[Report on the health of British troops in the Madras command]
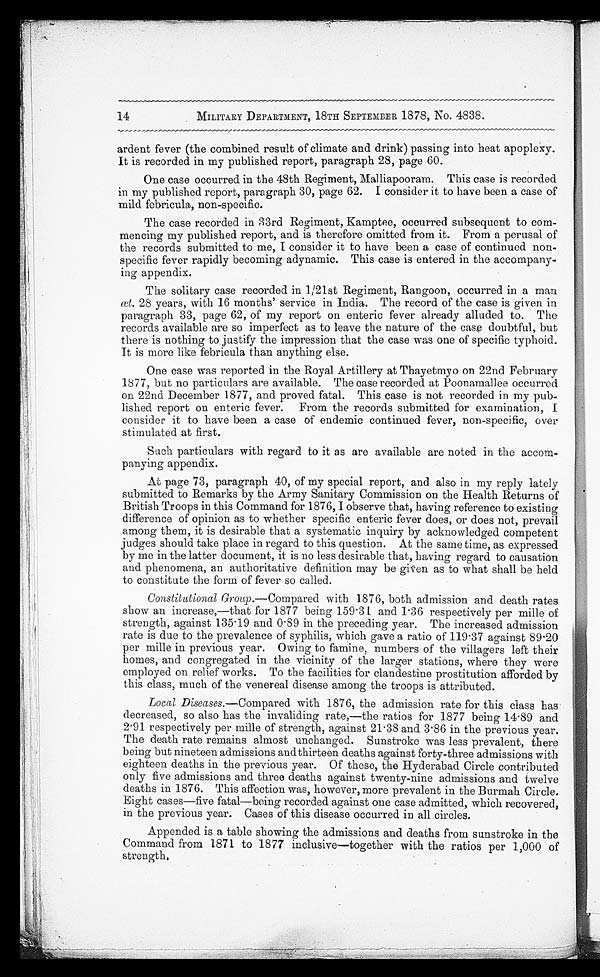
MILITARY DEPARTMENT, 18TH SEPTEMBER 1878, No. 4838.
ardent fever (the combined result of climate and drink) passing into heat poplexy.
It is recorded in my published report, paragraph 28, page 60.
One case occurred in the 48th Regiment, Malliapooram. This case is recorded
in my published report, paragraph 30, page 62. 1 consider it to have been a case of
mild febricula, non-specific.
The case recorded in 33rd Regiment, Kamptee, occurred subsequent to com-
mencing my published report, and is therefore omitted from it. From a perusal of
the records submitted to me, I consider it to have been a case of continued non-
specific fever rapidly becoming adynamic. This case is entered in the accompany-
ing appendix.
The solitary case recorded in 1/21st Regiment, Rangoon, occurred in a man
mt. 28 years, with 16 months' service in India. The record of the case is given in
paragraph 33, page 62, of my report on enteric fever already alluded to. The
records available are so imperfect as to leave the nature of the case doubtful, but
there is nothing to justify the impression that the case was one of specific typhoid.
It is more like febricula than anything else.
One case was reported in the Royal Artillery at Thayetmyo on 22nd February
1877, but no particulars are available. The case recorded at Poonamallee occurred
on 22nd December 1877, and proved fatal. This case is not recorded in my pub-
lished report on enteric fever. From the records submitted for examination, I
consider it to have been a case of endemic continued fever, non-specific, over
stimulated at first.
Such particulars with regard to it as are available are noted in the accom-
panying appendix.
At page 73, paragraph 40, of my special report, and also in my reply lately
submitted to Remarks by the Army Sanitary Commission on the Health Returns of
British Troops in this Command for 1876, I observe that, having reference to existing
difference of opinion as to whether specific enteric fever does, or does not, prevail
among them, it is desirable that a systematic inquiry by acknowledged competent
judges should take place in regard to this question. At the same time, as expressed
by me in the latter document, it is no less desirable that, having regard to causation
and phenomena, an authoritative definition may be given as to what shall be held
to constitute the form of fever so called.
Constitutional Group.—Compared with 1876, both admission and death rates
show an increase,—that for 1877 being 159 . 3 L and 1 . 36 respectively per mile of
strength, against 135 . 19 and 0 . 89 in the preceding year. The increased admission
rate is due to the prevalence of syphilis, which gave a ratio of 119 .37 against 89.20
per mille in previous year. Owing to famine, numbers of the villagers left their
homes, and congregated in the vicinity of die larger stations, where they were
employed on relief works. To the facilities for clandestine prostitution afforded by
this class, much of the venereal disease among the troops is attributed.
Local Diseases.—Compared with 1876, the admission rate for this class has
decreased, so also has the invaliding rate,—the ratios for 1877 being 14 . 89 and
2 . 91 respectively per mile of strength, against 21 . 38 and 3°86 in the previous year.
The death rate remains almost unchanged. Sunstroke was less prevalent, there
being but nineteen admissions and thirteen deaths against forty-three admissions with
eighteen deaths in the previous year. Of these, the Hyderabad Circle contributed
only five admissions and three deaths against twenty-nine admissions and twelve
deaths in 1876. This affection was, however, more prevalent in the Burmah Circle.
Eight cases—five fatal—being recorded against one case admitted, which recovered,
in the previous year. Cases of this disease occurred in all circles.
Appended is a table showing the admissions and deaths from sunstroke in the
Command from 1871 to 1877 inclusive—together with the ratios per 1,000 of
strength,
14